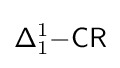
{\mathsf {\Delta }}_{1}^{1}{\mathsf {-CR}}